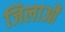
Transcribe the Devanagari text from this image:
जिलाओं